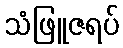
သံဖြူဇရပ်